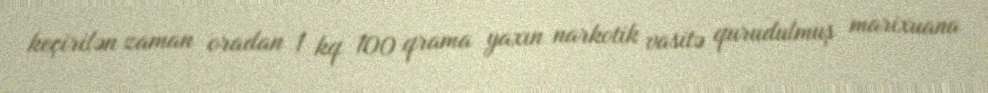
keçirilən zaman oradan 1 kq 100 qrama yaxın narkotik vasitə qurudulmuş marixuana